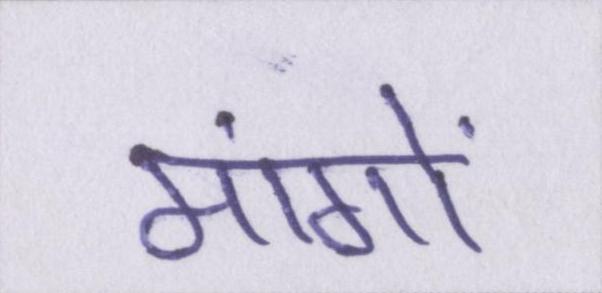
मांगों